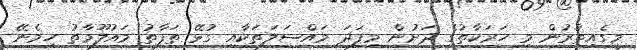
މީގެއިތުރުން މި ހަރަކާތުގެ ދަށުން މިފަދަ މައްސަލަތަކާއި ގުޅޭ ތަފާތު މައުލޫމާތު ހިމެނޭ